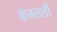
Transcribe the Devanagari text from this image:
केम्सली